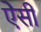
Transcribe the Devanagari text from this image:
ऐेसी